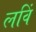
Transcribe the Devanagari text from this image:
लविं